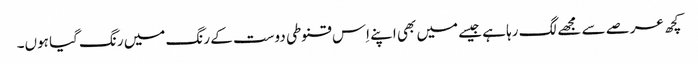
کچھ عرصے سے مجھے لگ رہا ہے جیسے میں بھی اپنے اِس قنوطی دوست کے رنگ میں رنگ گیا ہوں۔